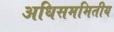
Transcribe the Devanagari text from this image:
अधिसममितीय